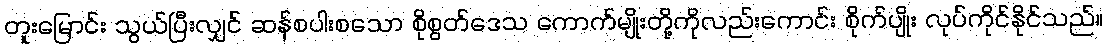
တူးမြောင်း သွယ်ပြီးလျှင် ဆန်စပါးစသော စိုစွတ်ဒေသ ကောက်မျိုးတို့ကိုလည်းကောင်း စိုက်ပျိုး လုပ်ကိုင်နိုင်သည်။